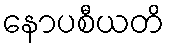
နောပစီယတိ